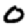
Digit: 0